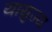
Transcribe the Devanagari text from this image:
यायुज्य